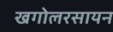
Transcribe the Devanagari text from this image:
खगोलरसायन